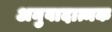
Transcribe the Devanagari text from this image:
अनुवादात्मक